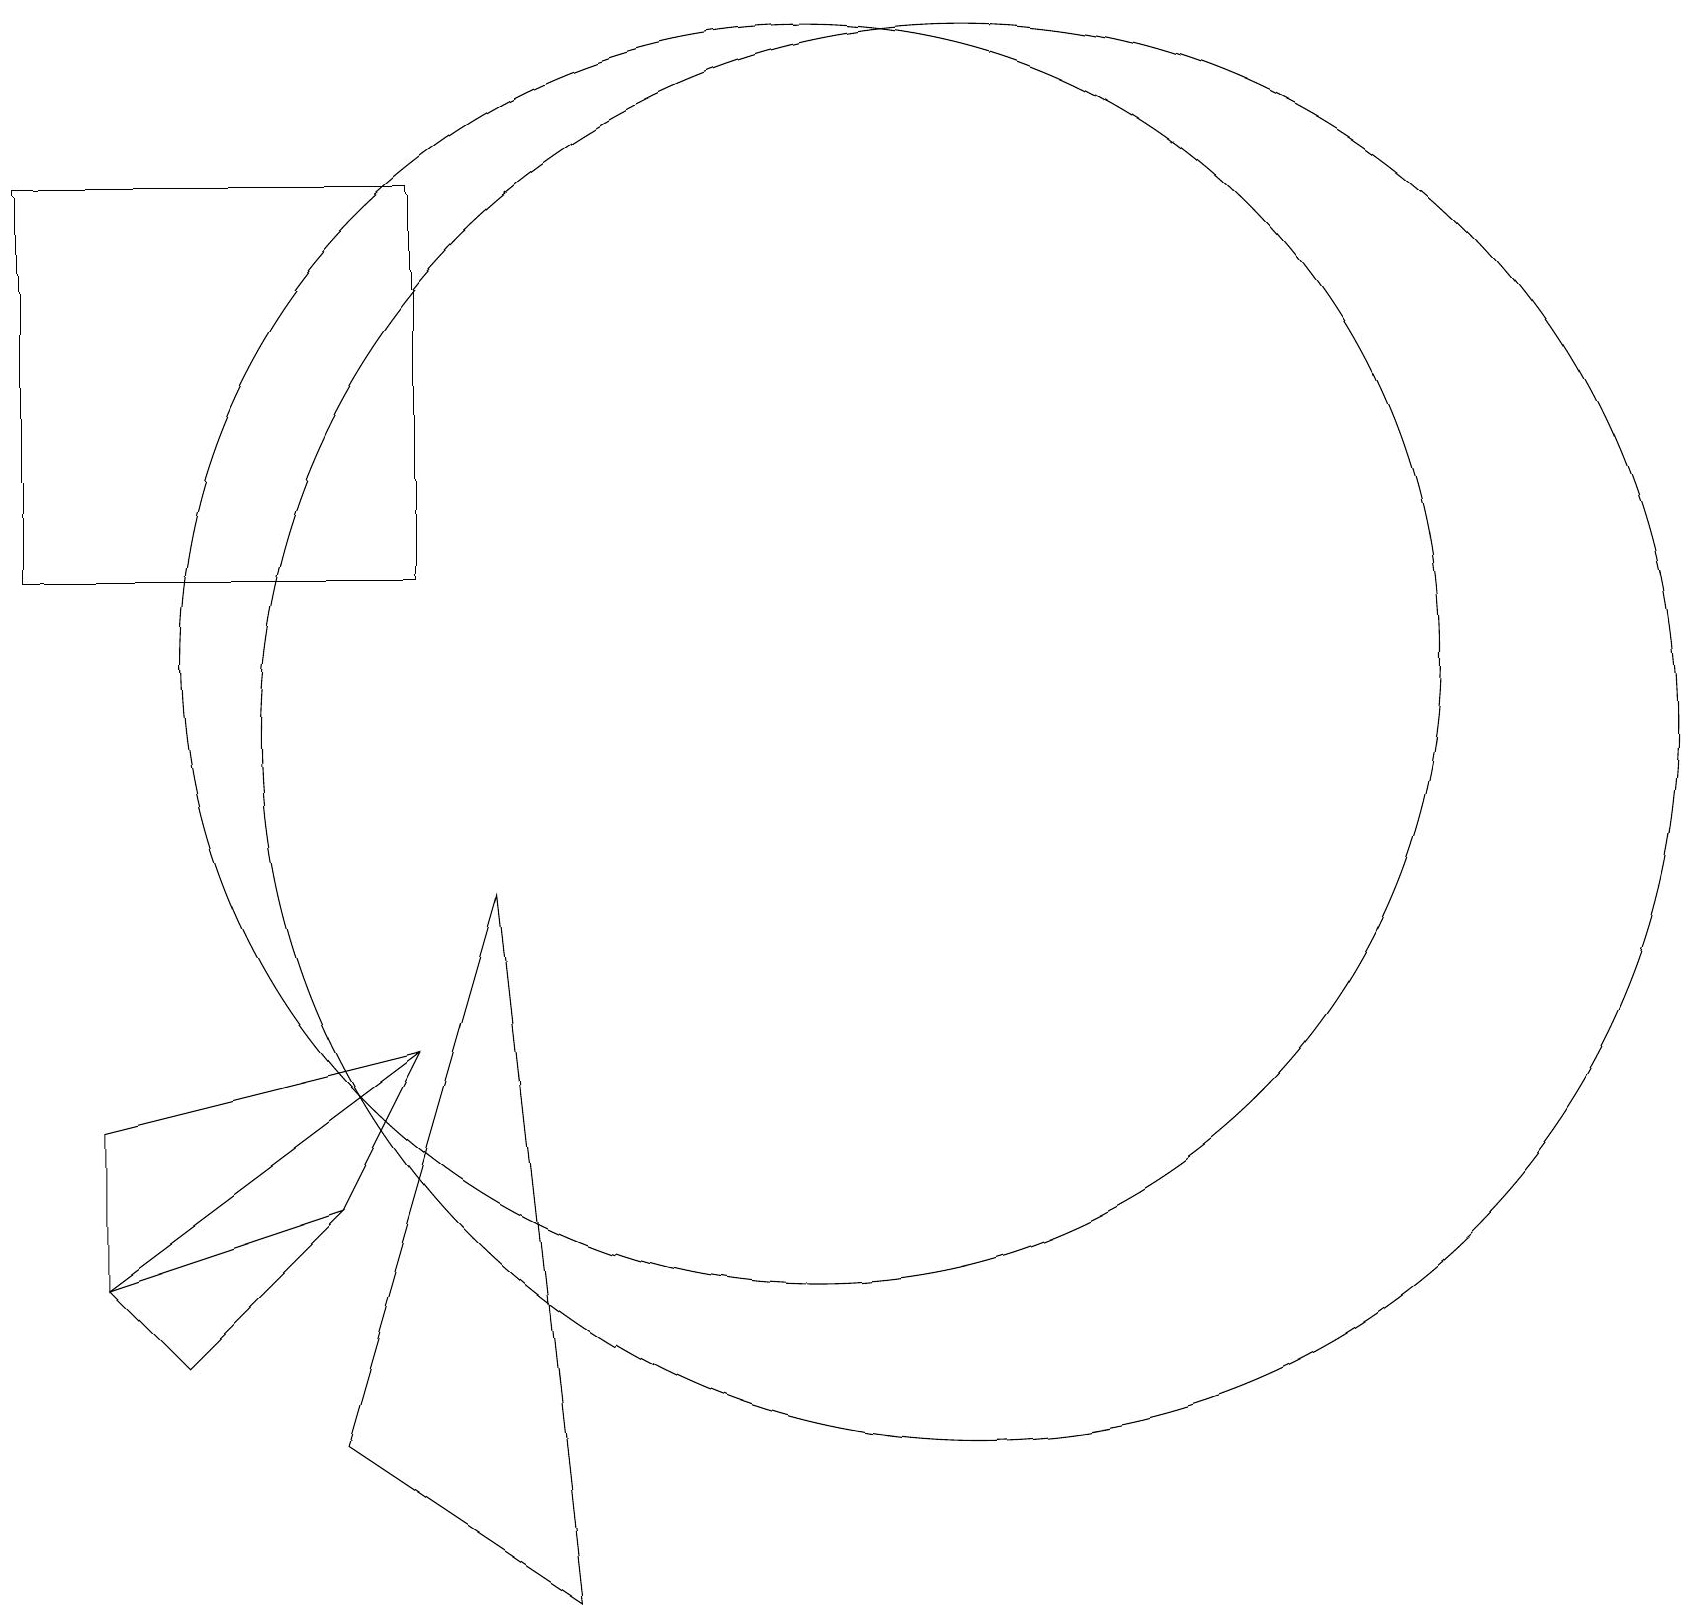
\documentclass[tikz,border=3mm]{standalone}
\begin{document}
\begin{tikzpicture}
\draw (10,12) circle (8);
\draw (12,11) circle (9);
\draw (0,13) rectangle (5,18);
\draw (4,5) -- (2,3) -- (1,4) -- cycle;
\draw (5,7) -- (5,7) -- (4,5) -- cycle;
\draw (5,7) -- (1,6) -- (1,4) -- cycle;
\draw (7,0) -- (4,2) -- (6,9) -- cycle;
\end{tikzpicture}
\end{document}